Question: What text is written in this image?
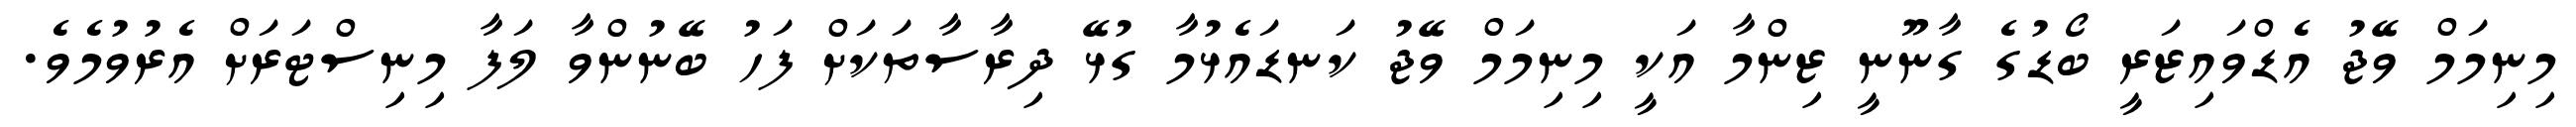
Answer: މިނިމަމް ވޭޖު އެޑްވައިޒަރީ ބޯޑުގެ ގާނޫނީ ޒިންމާ އަކީ މިނިމަމް ވޭޖު ކަނޑައެޅުމާ ގުޅޭ ދިރާސާތަކަށް ފަހު ބޭނުންވާ ލަފާ މިނިސްޓަރަށް އެރުވުމެވެ.